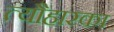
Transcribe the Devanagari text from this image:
त्यौहारका